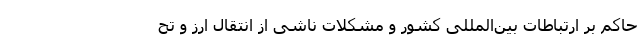
حاکم بر ارتباطات بین‌المللی کشور و مشکلات ناشی از انتقال ارز و تح